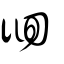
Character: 徊